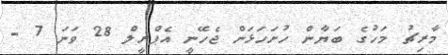
މާރިޗު މަހުގެ ބަޔާން ހުށަހަޅަން ޖެހޭނީ އެޕްރީލް 28 ވަނަ 7 -